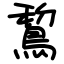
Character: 鵹